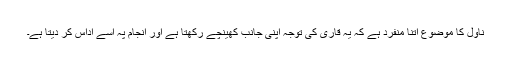
ناول کا موضوع اتنا منفرد ہے کہ یہ قاری کی توجہ اپنی جانب کھینچے رکھتا ہے اور انجام پہ اسے اداس کر دیتا ہے۔